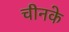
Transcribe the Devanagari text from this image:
चीनके